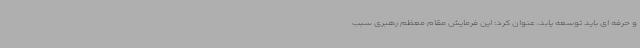
و حرفه ای باید توسعه یابد، عنوان کرد: این فرمایش مقام معظم رهبری سبب